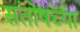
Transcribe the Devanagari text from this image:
संतोषच्या